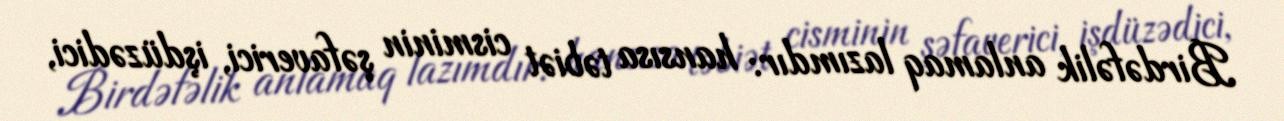
Birdəfəlik anlamaq lazımdır: hansısa təbiət cisminin şəfaverici, işdüzədici,